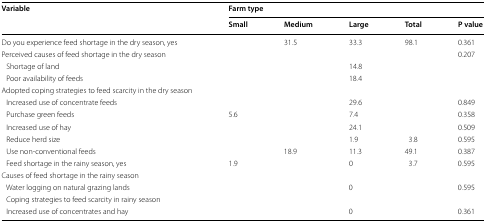
<table><thead><tr><td rowspan="2"><b>Variable</b></td><td colspan="5"><b>Farm type</b></td></tr><tr><td><b>Small</b></td><td><b>Medium</b></td><td><b>Large</b></td><td><b>Total</b></td><td><b>P value</b></td></tr></thead><tbody><tr><td>Do you experience feed shortage in the dry season, yes</td><td>[EMPTY_CELL]</td><td>31.5</td><td>33.3</td><td>98.1</td><td>0.361</td></tr><tr><td>Perceived causes of feed shortage in the dry season</td><td>[EMPTY_CELL]</td><td>[EMPTY_CELL]</td><td>[EMPTY_CELL]</td><td>[EMPTY_CELL]</td><td>0.207</td></tr><tr><td> Shortage of land</td><td>[EMPTY_CELL]</td><td>[EMPTY_CELL]</td><td>14.8</td><td>[EMPTY_CELL]</td><td>[EMPTY_CELL]</td></tr><tr><td> Poor availability of feeds</td><td>[EMPTY_CELL]</td><td>[EMPTY_CELL]</td><td>18.4</td><td>[EMPTY_CELL]</td><td>[EMPTY_CELL]</td></tr><tr><td>Adopted coping strategies to feed scarcity in the dry season</td><td>[EMPTY_CELL]</td><td>[EMPTY_CELL]</td><td>[EMPTY_CELL]</td><td>[EMPTY_CELL]</td><td>[EMPTY_CELL]</td></tr><tr><td> Increased use of concentrate feeds</td><td>[EMPTY_CELL]</td><td>[EMPTY_CELL]</td><td>29.6</td><td>[EMPTY_CELL]</td><td>0.849</td></tr><tr><td> Purchase green feeds</td><td>5.6</td><td>[EMPTY_CELL]</td><td>7.4</td><td>[EMPTY_CELL]</td><td>0.358</td></tr><tr><td> Increased use of hay</td><td>[EMPTY_CELL]</td><td>[EMPTY_CELL]</td><td>24.1</td><td>[EMPTY_CELL]</td><td>0.509</td></tr><tr><td> Reduce herd size</td><td>[EMPTY_CELL]</td><td>[EMPTY_CELL]</td><td>1.9</td><td>3.8</td><td>0.595</td></tr><tr><td> Use non-conventional feeds</td><td>[EMPTY_CELL]</td><td>18.9</td><td>11.3</td><td>49.1</td><td>0.387</td></tr><tr><td> Feed shortage in the rainy season, yes</td><td>1.9</td><td>[EMPTY_CELL]</td><td>0</td><td>3.7</td><td>0.595</td></tr><tr><td>Causes of feed shortage in the rainy season</td><td>[EMPTY_CELL]</td><td>[EMPTY_CELL]</td><td>[EMPTY_CELL]</td><td>[EMPTY_CELL]</td><td>[EMPTY_CELL]</td></tr><tr><td> Water logging on natural grazing lands</td><td>[EMPTY_CELL]</td><td>[EMPTY_CELL]</td><td>0</td><td>[EMPTY_CELL]</td><td>0.595</td></tr><tr><td> Coping strategies to feed scarcity in rainy season</td><td>[EMPTY_CELL]</td><td>[EMPTY_CELL]</td><td>[EMPTY_CELL]</td><td>[EMPTY_CELL]</td><td>[EMPTY_CELL]</td></tr><tr><td> Increased use of concentrates and hay</td><td>[EMPTY_CELL]</td><td>[EMPTY_CELL]</td><td>0</td><td>[EMPTY_CELL]</td><td>0.361</td></tr></tbody></table>